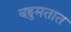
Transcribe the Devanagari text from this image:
बहुमतात